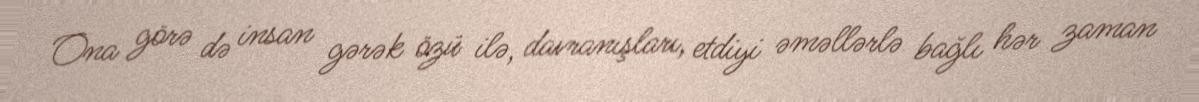
Ona görə də insan gərək özü ilə, davranışları, etdiyi əməllərlə bağlı hər zaman